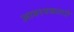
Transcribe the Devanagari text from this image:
आवश्यकताऐ